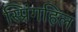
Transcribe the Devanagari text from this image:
स्प्रिंगहिल